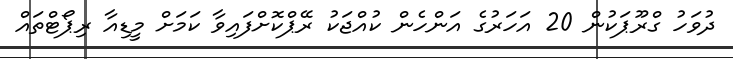
ދުވަހު ގްރޫޕަކުން 20 އަހަރުގެ އަންހެން ކުއްޖަކު ރޭޕްކޮށްފައިވާ ކަމަށް މީޑިއާ ރިޕޯޓްތައް